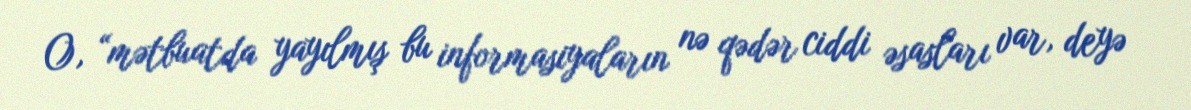
O, “mətbuatda yayılmış bu informasiyaların nə qədər ciddi əsasları var, deyə